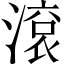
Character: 滾